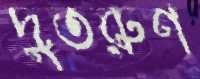
দুতরুণ